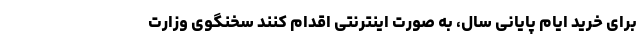
برای خرید ایام پایانی سال، به صورت اینترنتی اقدام کنند سخنگوی وزارت